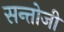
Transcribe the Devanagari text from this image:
सन्तोजी